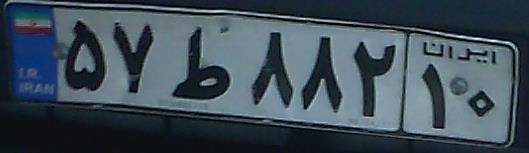
۵۷ط۸۸۲۱۰